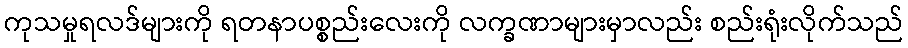
ကုသမှုရလဒ်များကို ရတနာပစ္စည်းလေးကို လက္ခဏာများမှာလည်း စည်းရုံးလိုက်သည်